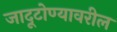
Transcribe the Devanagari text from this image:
जादूटोण्यावरील